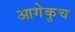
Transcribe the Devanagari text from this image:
आगेकुच